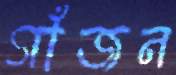
গাঁজন